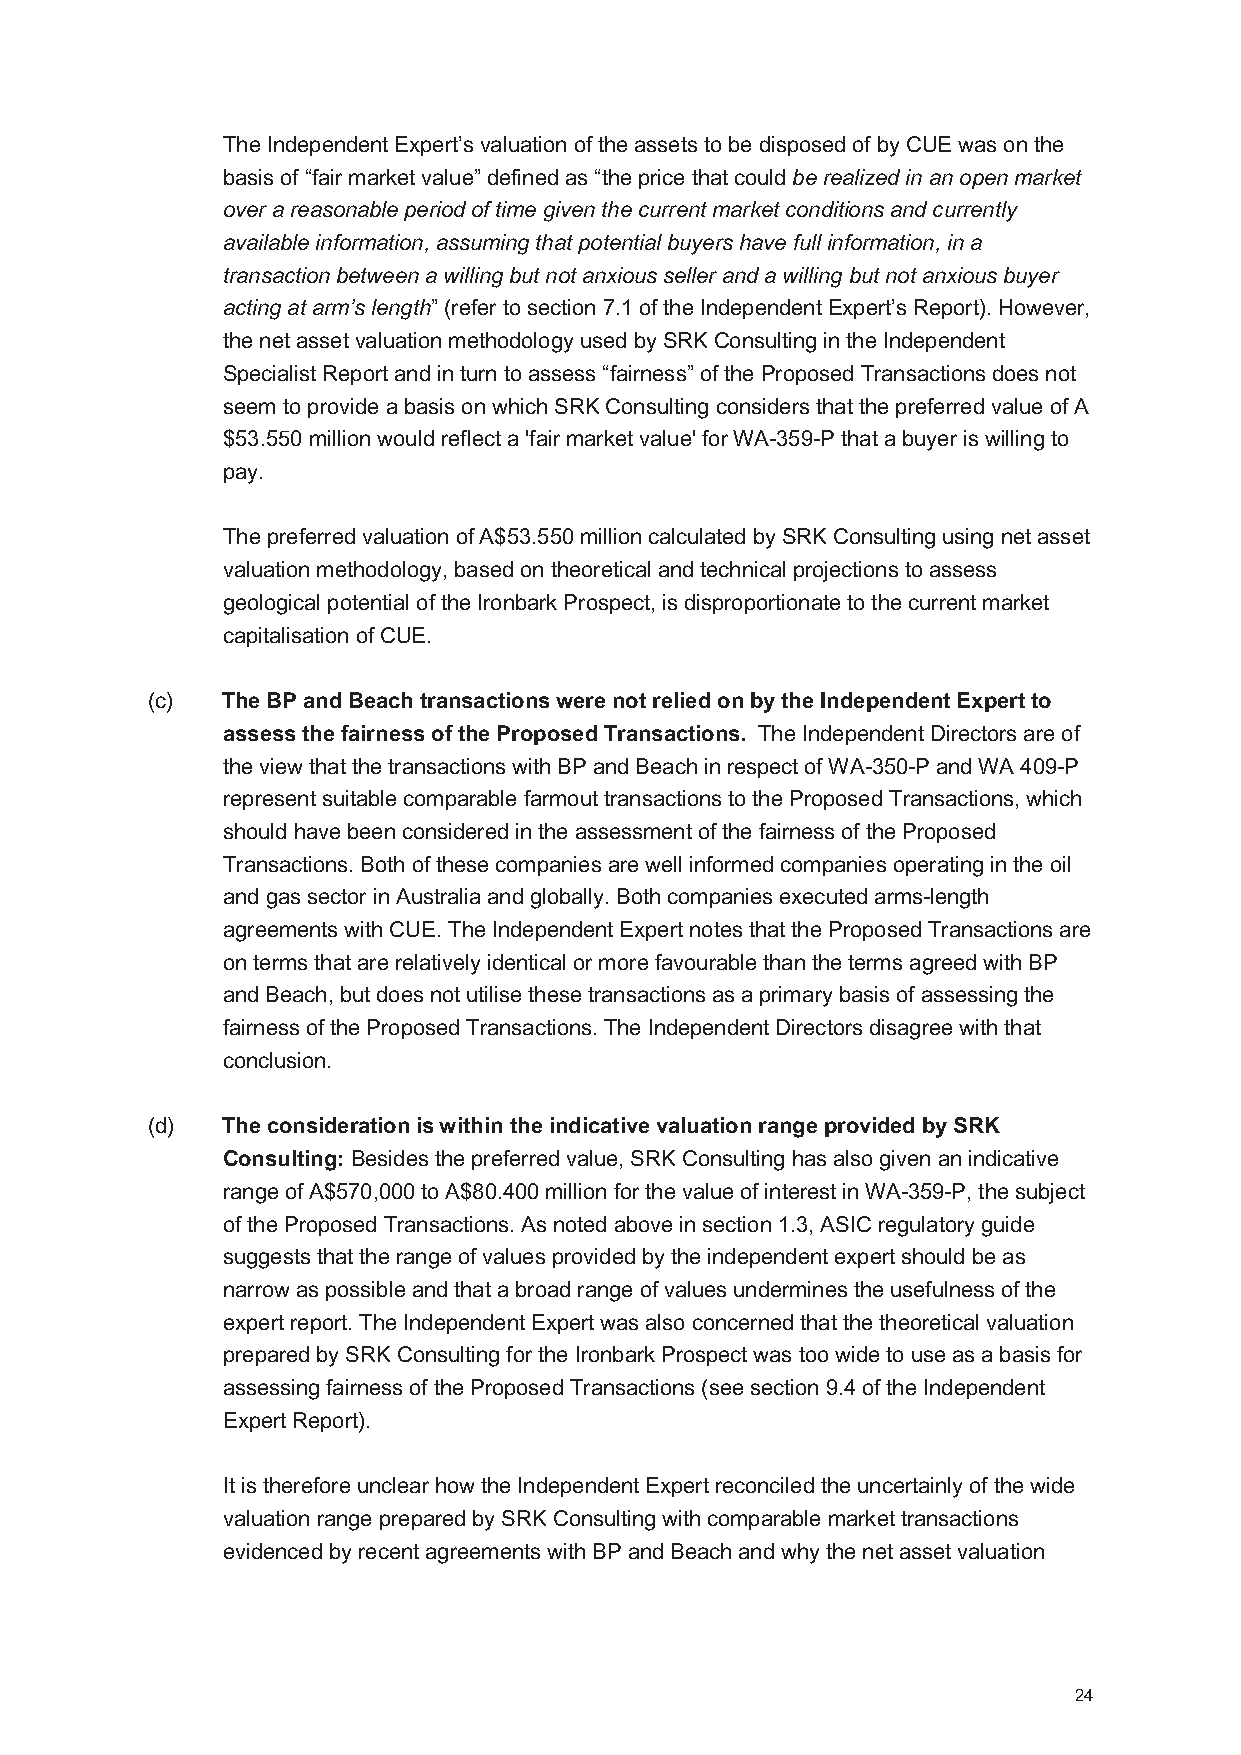
The Independent Expert’s valuation of the assets to be disposed of by CUE was on the
 basis of “fair market value” defined as “the price that could be realized in an open market
 over a reasonable period of time given the current market conditions and currently
 available information, assuming that potential buyers have full information, in a
 transaction between a willing but not anxious seller and a willing but not anxious buyer
 acting at arm’s length” (refer to section 7.1 of the Independent Expert’s Report). However,
 the net asset valuation methodology used by SRK Consulting in the Independent
 Specialist Report and in turn to assess “fairness” of the Proposed Transactions does not
 seem to provide a basis on which SRK Consulting considers that the preferred value of A
 $53.550 million would reflect a 'fair market value' for WA-359-P that a buyer is willing to
 pay.
 The preferred valuation of A$53.550 million calculated by SRK Consulting using net asset
 valuation methodology, based on theoretical and technical projections to assess
 geological potential of the Ironbark Prospect, is disproportionate to the current market
 capitalisation of CUE.
 (c)  The BP and Beach transactions were not relied on by the Independent Expert to
 assess the fairness of the Proposed Transactions. The Independent Directors are of
 the view that the transactions with BP and Beach in respect of WA-350-P and WA 409-P
 represent suitable comparable farmout transactions to the Proposed Transactions, which
 should have been considered in the assessment of the fairness of the Proposed
 Transactions. Both of these companies are well informed companies operating in the oil
 and gas sector in Australia and globally. Both companies executed arms-length
 agreements with CUE. The Independent Expert notes that the Proposed Transactions are
 on terms that are relatively identical or more favourable than the terms agreed with BP
 and Beach, but does not utilise these transactions as a primary basis of assessing the
 fairness of the Proposed Transactions. The Independent Directors disagree with that
 conclusion.
 (d)  The consideration is within the indicative valuation range provided by SRK
 Consulting: Besides the preferred value, SRK Consulting has also given an indicative
 range of A$570,000 to A$80.400 million for the value of interest in WA-359-P, the subject
 of the Proposed Transactions. As noted above in section 1.3, ASIC regulatory guide
 suggests that the range of values provided by the independent expert should be as
 narrow as possible and that a broad range of values undermines the usefulness of the
 expert report. The Independent Expert was also concerned that the theoretical valuation
 prepared by SRK Consulting for the Ironbark Prospect was too wide to use as a basis for
 assessing fairness of the Proposed Transactions (see section 9.4 of the Independent
 Expert Report).
 It is therefore unclear how the Independent Expert reconciled the uncertainly of the wide
 valuation range prepared by SRK Consulting with comparable market transactions
 evidenced by recent agreements with BP and Beach and why the net asset valuation
 24